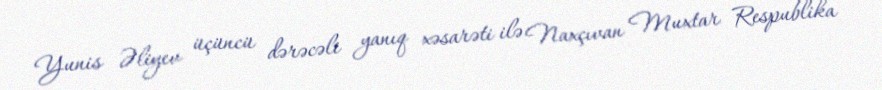
Yunis Əliyev üçüncü dərəcəli yanıq xəsarəti ilə Naxçıvan Muxtar Respublika